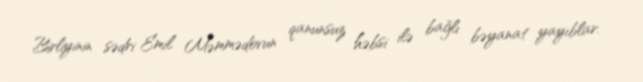
Birliyinin sədri Emil Məmmədovun qanunsuz həbsi ilə bağlı bəyanat yayıblar.